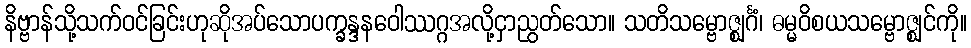
နိဗ္ဗာန်သို့သက်ဝင်ခြင်းဟုဆိုအပ်သောပက္ခန္ဒနဝေါဿဂ္ဂအလို့ငှာညွတ်သော။ သတိသမ္ဗောဇ္ဈင်္ဂံ၊ ဓမ္မဝိစယသမ္ဗောဇ္ဈင်ကို။